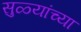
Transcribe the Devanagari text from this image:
सुळ्यांच्या